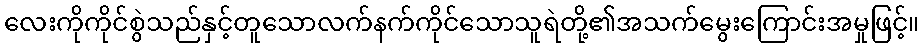
လေးကိုကိုင်စွဲသည်နှင့်တူသောလက်နက်ကိုင်သောသူရဲတို့၏အသက်မွေးကြောင်းအမှုဖြင့်။